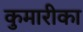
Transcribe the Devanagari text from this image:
कुमारीका